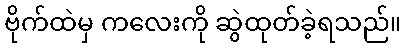
ဗိုက်ထဲမှ ကလေးကို ဆွဲထုတ်ခဲ့ရသည်။